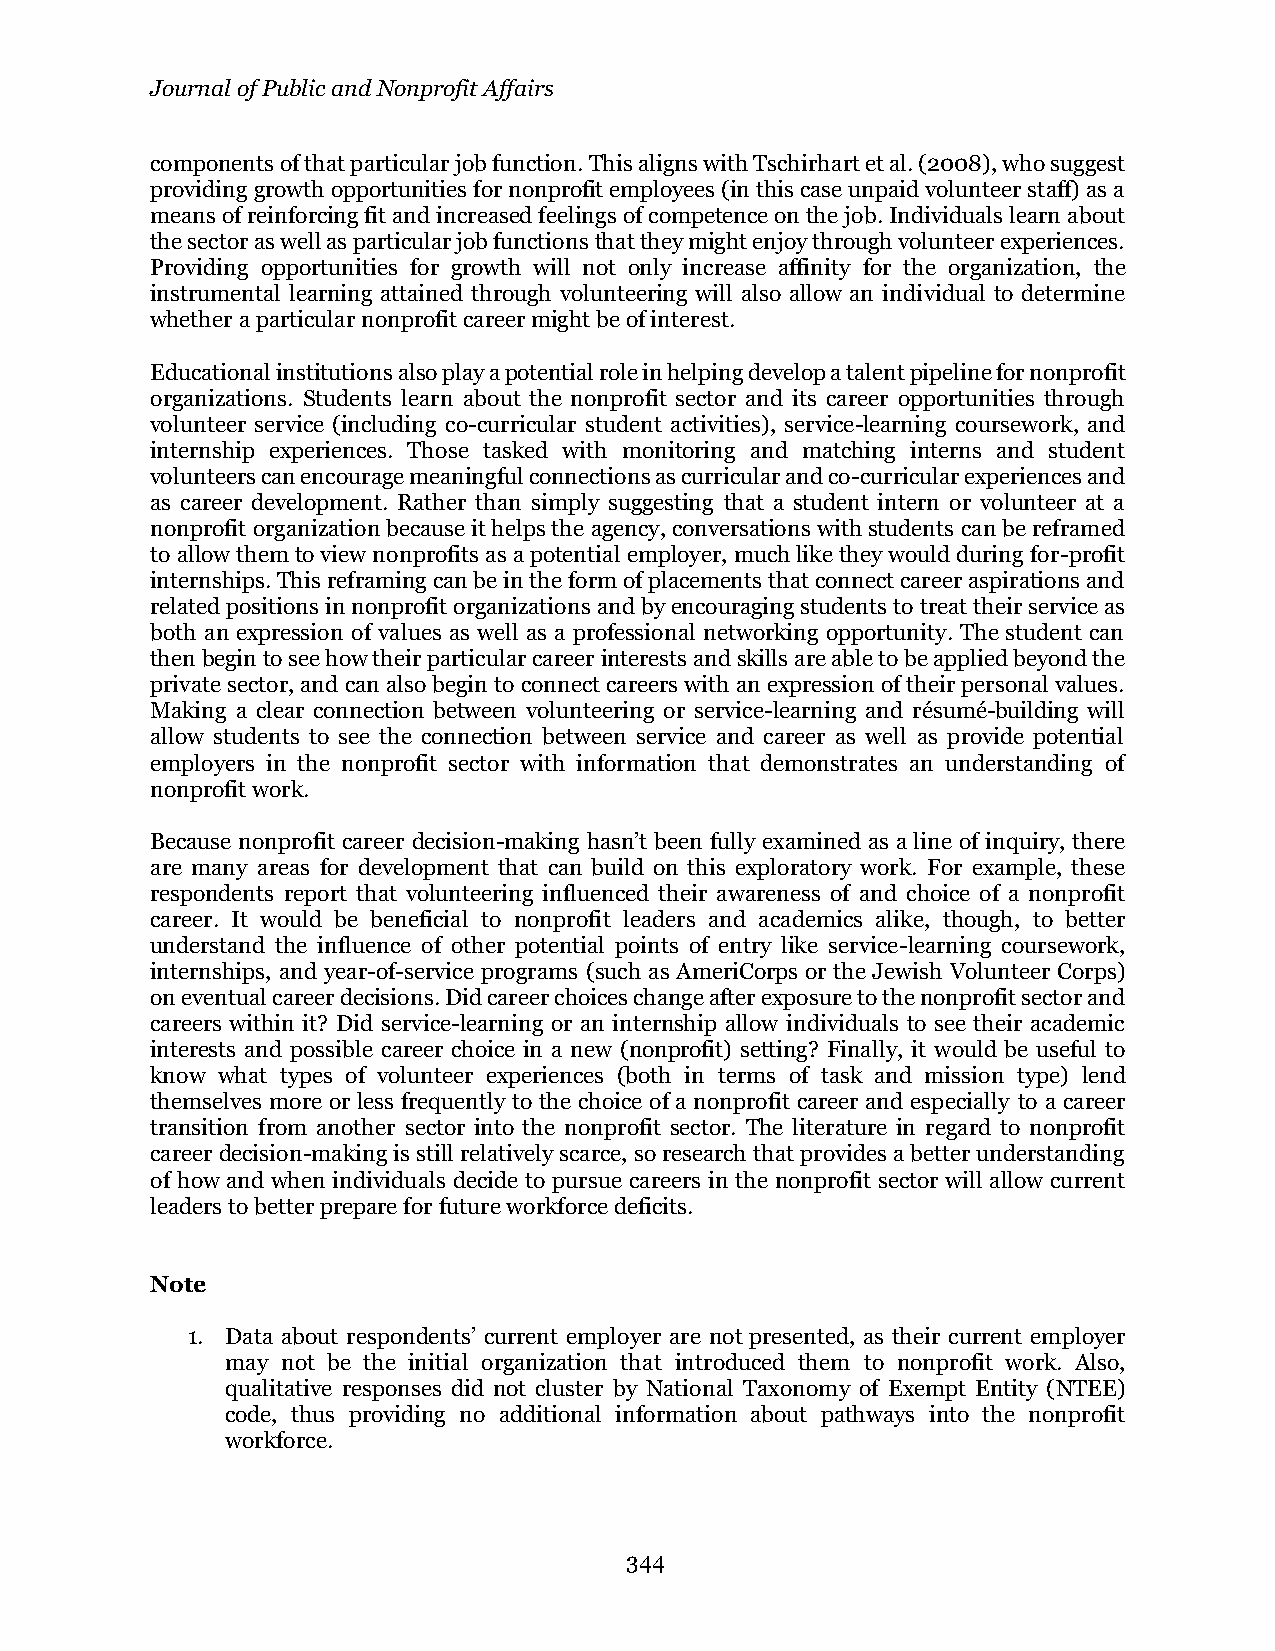
Journal of Public and Nonprofit Affairs
 components of that particular job function. This aligns with Tschirhart et al. (2008), who suggest
 providing growth opportunities for nonprofit employees (in this case unpaid volunteer staff) as a
 means of reinforcing fit and increased feelings of competence on the job. Individuals learn about
 the sector as well as particular job functions that they might enjoy through volunteer experiences.
 Providing opportunities for growth will not only increase affinity for the organization, the
 instrumental learning attained through volunteering will also allow an individual to determine
 whether a particular nonprofit career might be of interest.
 Educational institutions also play a potential role in helping develop a talent pipeline for nonprofit
 organizations. Students learn about the nonprofit sector and its career opportunities through
 volunteer service (including co-curricular student activities), service-learning coursework, and
 internship experiences. Those tasked with monitoring and matching interns and student
 volunteers can encourage meaningful connections as curricular and co-curricular experiences and
 as career development. Rather than simply suggesting that a student intern or volunteer at a
 nonprofit organization because it helps the agency, conversations with students can be reframed
 to allow them to view nonprofits as a potential employer, much like they would during for-profit
 internships. This reframing can be in the form of placements that connect career aspirations and
 related positions in nonprofit organizations and by encouraging students to treat their service as
 both an expression of values as well as a professional networking opportunity. The student can
 then begin to see how their particular career interests and skills are able to be applied beyond the
 private sector, and can also begin to connect careers with an expression of their personal values.
 Making a clear connection between volunteering or service-learning and résumé-building will
 allow students to see the connection between service and career as well as provide potential
 employers in the nonprofit sector with information that demonstrates an understanding of
 nonprofit work.
 Because nonprofit career decision-making hasn’t been fully examined as a line of inquiry, there
 are many areas for development that can build on this exploratory work. For example, these
 respondents report that volunteering influenced their awareness of and choice of a nonprofit
 career. It would be beneficial to nonprofit leaders and academics alike, though, to better
 understand the influence of other potential points of entry like service-learning coursework,
 internships, and year-of-service programs (such as AmeriCorps or the Jewish Volunteer Corps)
 on eventual career decisions. Did career choices change after exposure to the nonprofit sector and
 careers within it? Did service-learning or an internship allow individuals to see their academic
 interests and possible career choice in a new (nonprofit) setting? Finally, it would be useful to
 know what types of volunteer experiences (both in terms of task and mission type) lend
 themselves more or less frequently to the choice of a nonprofit career and especially to a career
 transition from another sector into the nonprofit sector. The literature in regard to nonprofit
 career decision-making is still relatively scarce, so research that provides a better understanding
 of how and when individuals decide to pursue careers in the nonprofit sector will allow current
 leaders to better prepare for future workforce deficits.
 Note
 1. Data about respondents’ current employer are not presented, as their current employer
 may not be the initial organization that introduced them to nonprofit work. Also,
 qualitative responses did not cluster by National Taxonomy of Exempt Entity (NTEE)
 code, thus providing no additional information about pathways into the nonprofit
 workforce.
 344